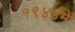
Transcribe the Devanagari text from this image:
१९४४में